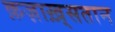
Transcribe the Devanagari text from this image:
क़ज़ाख़्सतान